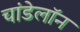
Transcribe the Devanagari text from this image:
चांडेलॉन